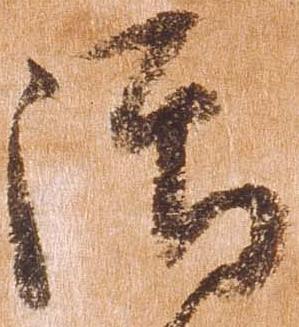
御